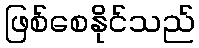
ဖြစ်စေနိုင်သည်